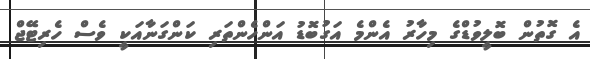
އެ ގޮތުން ބޮލީވުޑްގެ މިހާރު އެންމެ އަގުބޮޑު އަންހެންތަރި ކަންގަނާއަކީ ވެސް ހެރިޓޭޖް